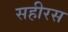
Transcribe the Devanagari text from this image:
सहीरस